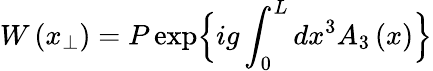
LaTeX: W\left(x_{\perp}\right)=P\exp\Bigl\{ ig\int_{0}^{L}dx^{3}A_{3}\left(x\right)\Bigr\}